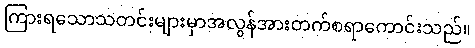
ကြားရသောသတင်းများမှာအလွန်အားတက်စရာကောင်းသည်။